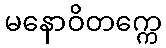
မနောဝိတက္ကေ